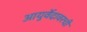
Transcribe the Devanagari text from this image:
आयुर्वेदावरची